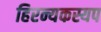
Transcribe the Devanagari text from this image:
हिरन्यकस्यप